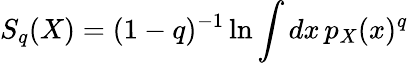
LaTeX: S_{q}(X)=(1-q)^{-1}\ln\int dx\, p_{X}(x)^{q}